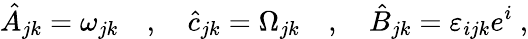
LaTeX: \hat{A}_{jk}=\omega_{jk}\quad,\quad\hat{c}_{jk}=\Omega_{jk}\quad,\quad\hat{B}_{jk}=\varepsilon_{ijk}e^{i}\ ,